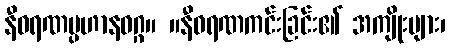
နီဝရဏပ္ပဟာနဝဂ္ဂ။ ။နီဝရဏကင်းခြင်း၏ အကျိုးများ၊